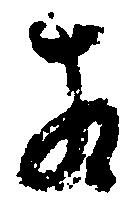
相